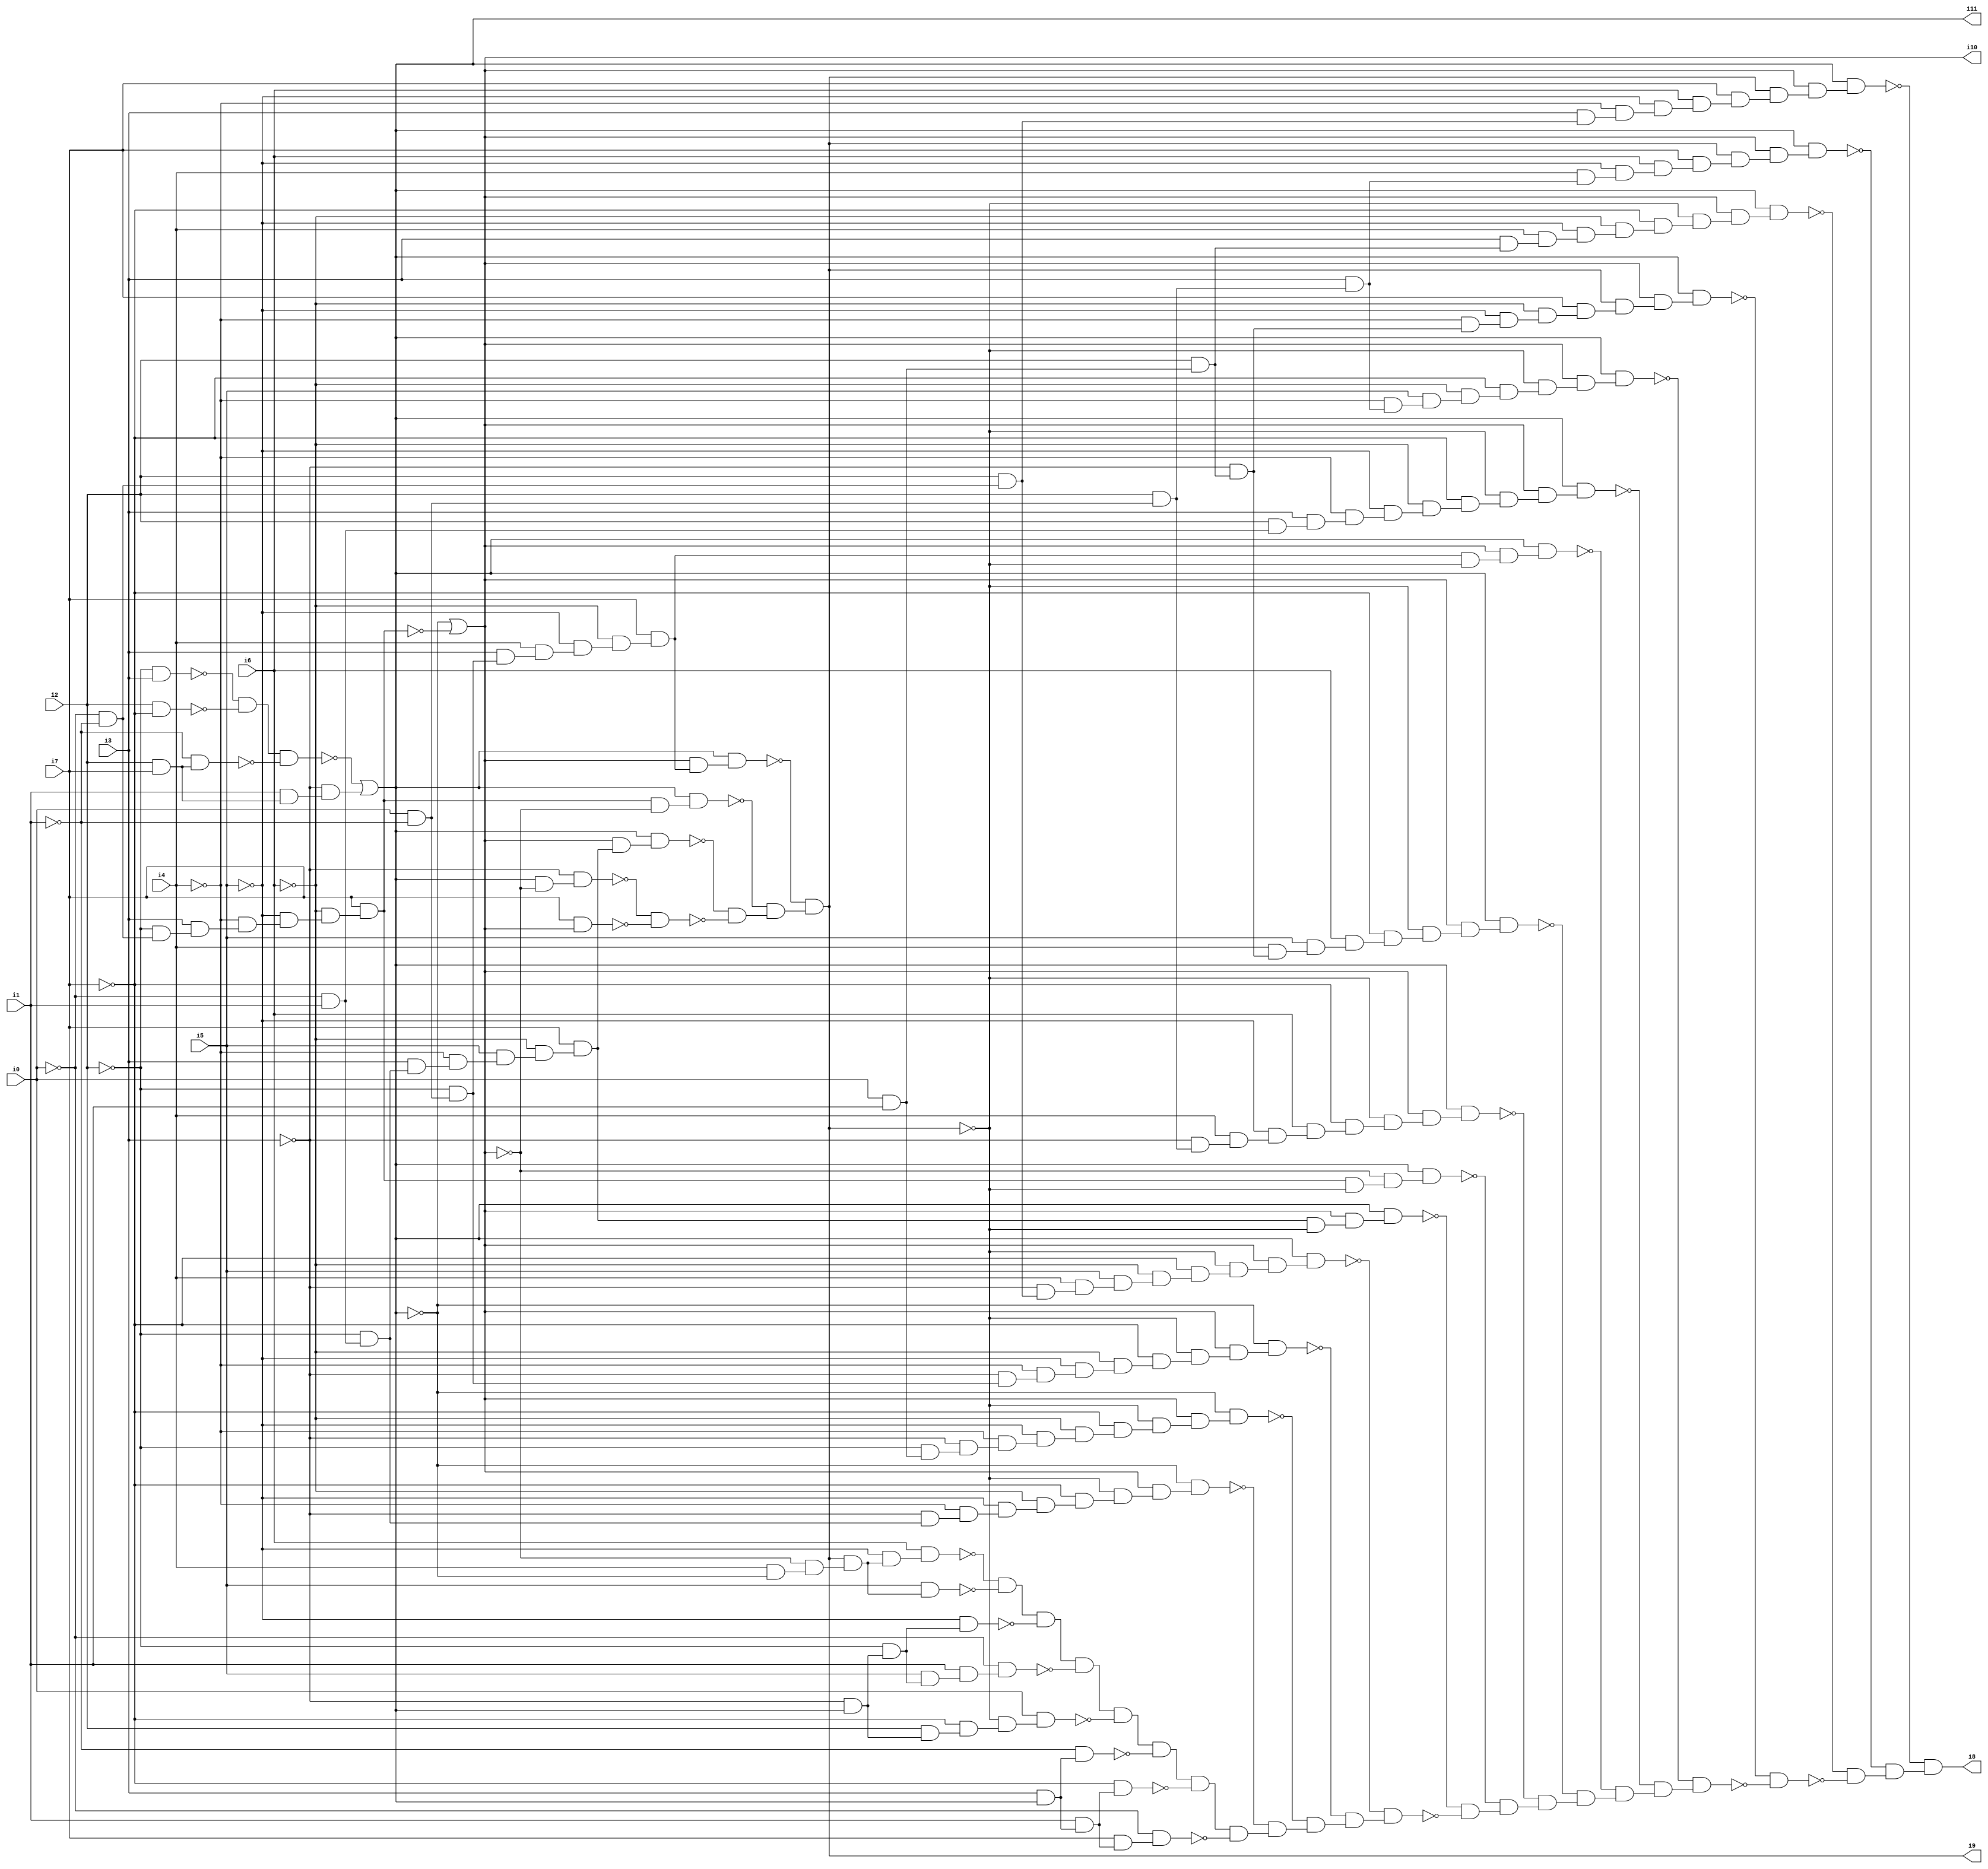
// Benchmark "SKOLEMFORMULA" written by ABC on Mon May  4 05:27:25 2020

module SKOLEMFORMULA ( 
    i0, i1, i2, i3, i4, i5, i6, i7,
    i8, i9, i10, i11  );
  input  i0, i1, i2, i3, i4, i5, i6, i7;
  output i8, i9, i10, i11;
  wire n13, n14, n15, n16, n17, n18, n19, n20, n22, n23, n24, n25, n26, n27,
    n28, n30, n31, n32, n33, n34, n35, n36, n37, n38, n39, n40, n41, n42,
    n43, n44, n45, n46, n47, n48, n49, n50, n51, n52, n53, n54, n55, n57,
    n58, n59, n60, n61, n62, n63, n64, n65, n66, n67, n68, n69, n70, n71,
    n72, n73, n74, n75, n76, n77, n78, n79, n80, n81, n82, n83, n84, n85,
    n86, n87, n88, n89, n90, n91, n92, n93, n94, n95, n96, n97, n98, n99,
    n100, n101, n102, n103, n104, n105, n106, n107, n108, n109, n110, n111,
    n112, n113, n114, n115, n116, n117, n118, n119, n120, n121, n122, n123,
    n124, n125, n126, n127, n128, n129, n130, n131, n132, n133, n134, n135,
    n136, n137, n138, n139, n140, n141, n142, n143, n144, n145, n146, n147,
    n148, n149, n150, n151, n152, n153, n154, n155, n156, n157, n158, n159,
    n160, n161, n162, n163, n164, n165, n166, n167, n168, n169, n170, n171,
    n172, n173, n174, n175, n176, n177, n178, n179, n180, n181, n182, n183,
    n184, n185, n186, n187, n188, n189, n190, n191, n192, n193, n194, n195,
    n196, n197, n198, n199, n200, n201, n202, n203, n204, n205, n206, n207,
    n208;
  assign n13 = ~i2 & i3;
  assign n14 = i2 & ~i7;
  assign n15 = ~n13 & ~n14;
  assign n16 = i2 & i7;
  assign n17 = ~i1 & n16;
  assign n18 = n15 & ~n17;
  assign n19 = i1 & n16;
  assign n20 = ~i3 & n19;
  assign i11 = ~n18 | n20;
  assign n22 = ~i0 & ~i1;
  assign n23 = ~i2 & n22;
  assign n24 = i3 & n23;
  assign n25 = ~i4 & n24;
  assign n26 = ~i5 & n25;
  assign n27 = ~i6 & n26;
  assign n28 = i7 & n27;
  assign i10 = ~i11 | ~n28;
  assign n30 = ~i0 & i1;
  assign n31 = ~i2 & n30;
  assign n32 = i3 & n31;
  assign n33 = ~i4 & n32;
  assign n34 = i5 & n33;
  assign n35 = ~i6 & n34;
  assign n36 = i7 & n35;
  assign n37 = i10 & n36;
  assign n38 = i11 & n37;
  assign n39 = n28 & ~i10;
  assign n40 = i11 & n39;
  assign n41 = i0 & ~i1;
  assign n42 = ~i2 & n41;
  assign n43 = i3 & n42;
  assign n44 = i4 & n43;
  assign n45 = ~i5 & n44;
  assign n46 = ~i6 & n45;
  assign n47 = i7 & n46;
  assign n48 = i10 & n47;
  assign n49 = i11 & n48;
  assign n50 = i11 & ~i10;
  assign n51 = ~i3 & n50;
  assign n52 = i7 & i10;
  assign n53 = ~n51 & ~n52;
  assign n54 = ~n38 & ~n53;
  assign n55 = ~n40 & n54;
  assign i9 = ~n49 & n55;
  assign n57 = ~i3 & n31;
  assign n58 = ~i4 & n57;
  assign n59 = ~i5 & n58;
  assign n60 = ~i6 & n59;
  assign n61 = ~i7 & n60;
  assign n62 = ~i9 & n61;
  assign n63 = i10 & n62;
  assign n64 = ~i11 & n63;
  assign n65 = i0 & i1;
  assign n66 = ~i2 & n65;
  assign n67 = ~i3 & n66;
  assign n68 = ~i4 & n67;
  assign n69 = ~i5 & n68;
  assign n70 = ~i6 & n69;
  assign n71 = ~i7 & n70;
  assign n72 = ~i9 & n71;
  assign n73 = i10 & n72;
  assign n74 = ~i11 & n73;
  assign n75 = ~i3 & n42;
  assign n76 = ~i4 & n75;
  assign n77 = ~i5 & n76;
  assign n78 = ~i6 & n77;
  assign n79 = ~i7 & n78;
  assign n80 = ~i9 & n79;
  assign n81 = i10 & n80;
  assign n82 = ~i11 & n81;
  assign n83 = i2 & n22;
  assign n84 = ~i3 & n83;
  assign n85 = i4 & n84;
  assign n86 = i5 & n85;
  assign n87 = ~i6 & n86;
  assign n88 = ~i7 & n87;
  assign n89 = ~i9 & n88;
  assign n90 = i10 & n89;
  assign n91 = i11 & n90;
  assign n92 = n36 & ~i9;
  assign n93 = i10 & n92;
  assign n94 = i11 & n93;
  assign n95 = n28 & ~i9;
  assign n96 = ~i10 & n95;
  assign n97 = i11 & n96;
  assign n98 = i2 & n41;
  assign n99 = ~i3 & n98;
  assign n100 = i4 & n99;
  assign n101 = ~i5 & n100;
  assign n102 = i6 & n101;
  assign n103 = ~i7 & n102;
  assign n104 = ~i9 & n103;
  assign n105 = i10 & n104;
  assign n106 = i11 & n105;
  assign n107 = i2 & n65;
  assign n108 = ~i3 & n107;
  assign n109 = i4 & n108;
  assign n110 = i5 & n109;
  assign n111 = i6 & n110;
  assign n112 = ~i7 & n111;
  assign n113 = ~i9 & n112;
  assign n114 = i10 & n113;
  assign n115 = i11 & n114;
  assign n116 = n47 & ~i9;
  assign n117 = i10 & n116;
  assign n118 = i11 & n117;
  assign n119 = i2 & n30;
  assign n120 = i3 & n119;
  assign n121 = ~i4 & n120;
  assign n122 = ~i5 & n121;
  assign n123 = ~i6 & n122;
  assign n124 = ~i7 & n123;
  assign n125 = ~i9 & n124;
  assign n126 = i10 & n125;
  assign n127 = i11 & n126;
  assign n128 = i3 & n98;
  assign n129 = ~i4 & n128;
  assign n130 = i5 & n129;
  assign n131 = ~i6 & n130;
  assign n132 = ~i7 & n131;
  assign n133 = ~i9 & n132;
  assign n134 = i10 & n133;
  assign n135 = i11 & n134;
  assign n136 = ~i4 & n108;
  assign n137 = ~i5 & n136;
  assign n138 = ~i6 & n137;
  assign n139 = i7 & n138;
  assign n140 = i9 & n139;
  assign n141 = i10 & n140;
  assign n142 = i11 & n141;
  assign n143 = i3 & n107;
  assign n144 = i4 & n143;
  assign n145 = ~i5 & n144;
  assign n146 = ~i6 & n145;
  assign n147 = ~i7 & n146;
  assign n148 = ~i9 & n147;
  assign n149 = i10 & n148;
  assign n150 = i11 & n149;
  assign n151 = i4 & n128;
  assign n152 = ~i5 & n151;
  assign n153 = i6 & n152;
  assign n154 = i7 & n153;
  assign n155 = i9 & n154;
  assign n156 = i10 & n155;
  assign n157 = i11 & n156;
  assign n158 = i3 & n83;
  assign n159 = ~i4 & n158;
  assign n160 = ~i5 & n159;
  assign n161 = i6 & n160;
  assign n162 = i7 & n161;
  assign n163 = i9 & n162;
  assign n164 = i10 & n163;
  assign n165 = i11 & n164;
  assign n166 = i4 & ~i11;
  assign n167 = ~i10 & n166;
  assign n168 = i9 & n167;
  assign n169 = ~i5 & n168;
  assign n170 = i6 & n169;
  assign n171 = i5 & n168;
  assign n172 = ~n170 & ~n171;
  assign n173 = ~i3 & i11;
  assign n174 = ~i2 & n173;
  assign n175 = ~i5 & n174;
  assign n176 = n172 & ~n175;
  assign n177 = i5 & n174;
  assign n178 = i1 & n177;
  assign n179 = ~i0 & n178;
  assign n180 = n176 & ~n179;
  assign n181 = i2 & n173;
  assign n182 = ~i7 & n181;
  assign n183 = ~i9 & n182;
  assign n184 = i0 & n183;
  assign n185 = n180 & ~n184;
  assign n186 = i3 & i11;
  assign n187 = ~i1 & n186;
  assign n188 = n185 & ~n187;
  assign n189 = i1 & n186;
  assign n190 = ~i7 & n189;
  assign n191 = n188 & ~n190;
  assign n192 = i7 & n189;
  assign n193 = ~i0 & n192;
  assign n194 = n191 & ~n193;
  assign n195 = ~n64 & n194;
  assign n196 = ~n74 & n195;
  assign n197 = ~n82 & n196;
  assign n198 = ~n91 & n197;
  assign n199 = ~n94 & ~n198;
  assign n200 = ~n97 & n199;
  assign n201 = ~n106 & n200;
  assign n202 = ~n115 & n201;
  assign n203 = ~n118 & n202;
  assign n204 = ~n127 & n203;
  assign n205 = ~n135 & n204;
  assign n206 = ~n142 & ~n205;
  assign n207 = ~n150 & ~n206;
  assign n208 = ~n157 & n207;
  assign i8 = ~n165 & n208;
endmodule